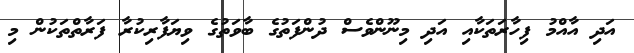
އަދި އާއްމު ފިހާރަތަކާއި އަދި މިނޫންވެސް ދުންފަތުގެ ބާވަތުގެ ވިޔަފާރިކުރާ ފަރާތްތަކުން މި